Leaving Certificate Examination, 1916
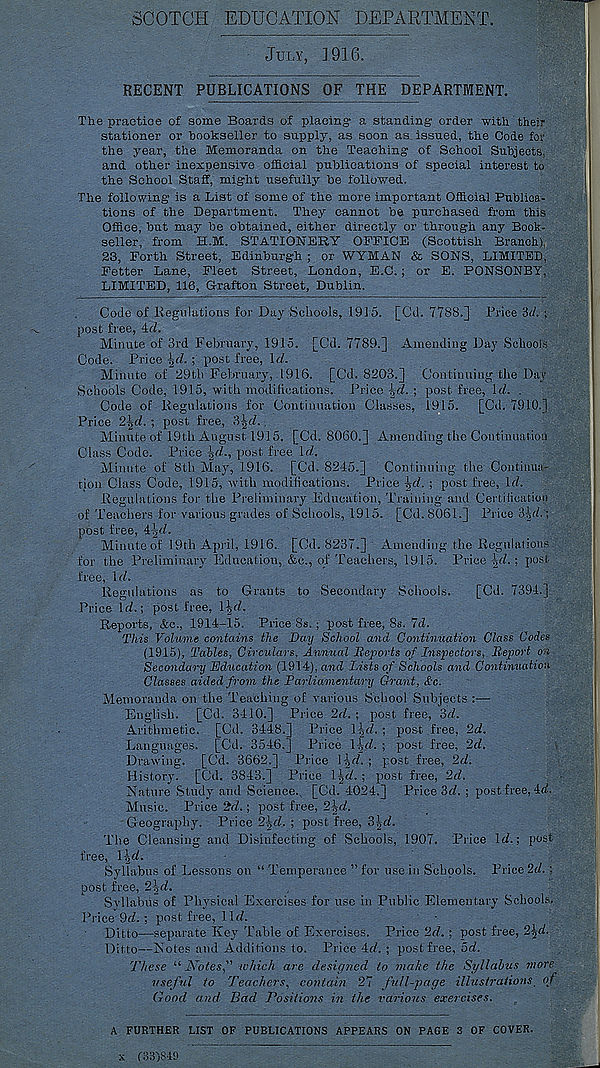
SCOTCH EDUCATION DEPARTMENT.
JULY, 1916.
RECENT PUBLICATIONS OF THE DEPARTMENT.
The practice of some Boards of placing' a standing order with their
stationer or "bookseller to supply, as soon as issued, the Code for
the year, the Memoranda on the Teaching of School Subjects,
and other inexpensive official publications of special interest to
the School Staff, might usefully he followed.
The following is a List of some of the more important Official Publica-
tions of the Department. They cannot be purchased from this
Office, hut may be obtained, either directly or through any Book-
seller, from H.M. STATIONERY OFFICE (Scottish Branch)
23, Forth Street, Edinburgh ; or WYMAN & SONS, LIMITED,
Fetter Lane, Fleet Street, London, E.C.; or E. PONSONBY,
LIMITED, 116, Grafton Street, Dublin.
Code of Regulations for Day Schools, 1915. [Cd. 7788.] Price 'id. ;
post free, id.
Minute of 3rd February, 1915. [Cd. 7789.] Amending Day Schools
Code. Price ^d. ; post free, Id.
Minute of 29tli February, 1916. [Cd. 8203.] Continuing the Day
Schools Code, 1915, with modifications. Price -gd. ; post free, Id. .
Code of Regulations for Continuation Classes, 1915.
[Cd. 7910.]
Price 2gd. ; post free, 3-[d..
Minute of 19th August 1915. [Cd. 8060.] Amending the Continuation
Class Code. Price \d., post free Id.
Minute of 8th May, 1916. [Cd. 8245.] Continuing the Continua-
tion Class Code, 1915, with modifications. Price \d. ; post free, Id.
Regulations for the Preliminary Education, Training and Certification
of Teachers for various grades of Schools, 1915. [Cd. 8061.] Price 3|d.';
post free, i\d.
Minute of 19th April, 1916. [Cd. 8237.] Amending the Regulations
for the Preliminary Education, &e., of Teachers, 1915. Price \d.\ post
free, Id.
Regulations as to Grants to Secondary Schools.
[Cd. 7394.]
Price Id.; post free, 1 [d.
Reports, Ac., 1914-15. Price 8s. ; post free, 8s. Id.
This Volume contains the Day School and Continuation Class Codes
(1915), Tables, Circulars, Annual Reports of Inspectors, Report on
Secondary Education (1914), and Lists of Schools and Continuation
Classes aided from the Parliamentary Grant, &c.
Memoranda on the Teaching of various School Subjects :—
English. [Cd. 3410.] Price 2d. ; post free, 3d.
Arithmetic. [Cd. 3448.] Price Rd. ; post free, 2d.
Languages. [Cd. 3546.] Price Hd. ; post free, 2d.
Drawing. [Cd. 3662.] Price I id. ; post free, 2d.
History. [Cd. 3843.] Price Igd. ; post free, 2d.
Nature Study and Science., [Cd. 4024.] Price 3d. ; post free, 4d.
Music. Price 2d.; post free, 2id.
Geography. Price 2\d_. ; post free, 3id.
The Cleansing and Disinfecting of Schools, 1907. Price Id.; post
free, Rd.
Syllabus of Lessons on “ Temperance ” for use in Schpols. Price 2d. ;
post free, 2\d.
Syllabus of Physical Exercises for use in Public Elementary Schools.
Price 9d. ; post free, lid.
Ditto—separate Key Table of Exercises. Price 2d. ; post free, 2\d.
Ditto—Notes and Additions to. Price 4d. ; post free, 5d.
These “ JVotesf which are designed to make the Syllabus more
useful to Teachers, contain 27 full-page illustrations of
Good and Dad Positions in the various exercises.
A FURTHER LIST OF PUBLICATIONS APPEARS ON PAGE 3 OF COVER.
x (331849